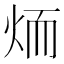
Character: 𦓒